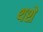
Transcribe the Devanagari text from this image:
थशे